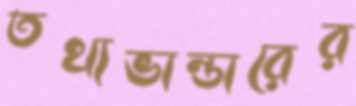
তথ্যভান্ডারের